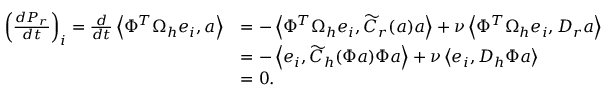
\begin{array} { r l } { \left( \frac { d \boldsymbol { P } _ { r } } { d t } \right) _ { i } = \frac { d } { d t } \left< \Phi ^ { T } \Omega _ { h } \boldsymbol { e } _ { i } , \boldsymbol { a } \right> } & { = - \left< \Phi ^ { T } \Omega _ { h } \boldsymbol { e } _ { i } , \widetilde { C } _ { r } ( \boldsymbol { a } ) \boldsymbol { a } \right> + \nu \left< \Phi ^ { T } \Omega _ { h } \boldsymbol { e } _ { i } , D _ { r } \boldsymbol { a } \right> } \\ & { = - \left< \boldsymbol { e } _ { i } , \widetilde { C } _ { h } ( \Phi \boldsymbol { a } ) \Phi \boldsymbol { a } \right> + \nu \left< \boldsymbol { e } _ { i } , D _ { h } \Phi \boldsymbol { a } \right> } \\ & { = 0 . } \end{array}